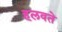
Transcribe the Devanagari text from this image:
हलवते